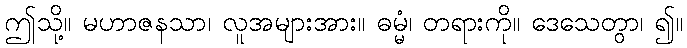
ဤသို့။ မဟာဇနသာ၊ လူအများအား။ ဓမ္မံ၊ တရားကို။ ဒေသေတွာ၊ ၍။